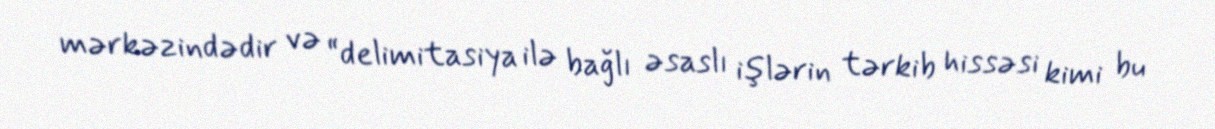
mərkəzindədir və “delimitasiya ilə bağlı əsaslı işlərin tərkib hissəsi kimi bu